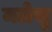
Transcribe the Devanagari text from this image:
मलेखु